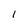
Character: 1